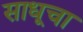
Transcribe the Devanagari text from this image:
साधूचा